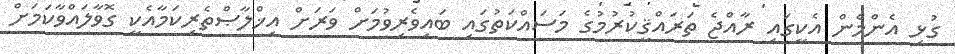
ގުޅި އެންމެން އެކީގައި ރާއްޖެ ތަރައްޤީކުރުމުގެ މަސައްކަތުގައި ބައިވެރިވުމަށް ވަރަށް އިޚްލާޞްތެރިކަމާއެކީ ގޮވާލައްވާކަމަށް